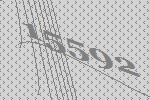
15592